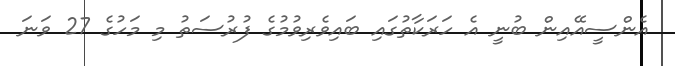
އެންސީއޭއިން ބުނީ އެ ހަރަކާތުގައި ބައިވެރިވުމުގެ ފުރުސަތު މި މަހުގެ 27 ވަނަ